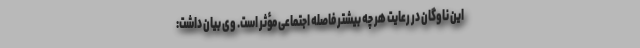
این ناوگان در رعایت هر چه بیشتر فاصله اجتماعی مؤثر است. وی بیان داشت: